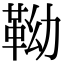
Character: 靿